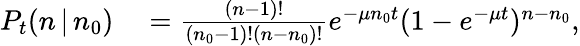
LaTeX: \begin{array}{rl}{P_{t}(n\, |\, n_{0})}&{{}=\frac{(n-1)!}{(n_{0}-1)!(n-n_{0})!}e^{-\mu n_{0}t}(1-e^{-\mu t})^{n-n_{0}},}\end{array}